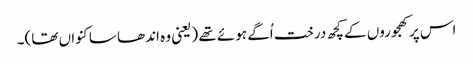
اس پر کھجوروں کے کچھ درخت اُگے ہوئے تھے (یعنی وہ اندھا سا کنواں تھا)۔